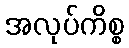
အလုပ်ကိစ္စ